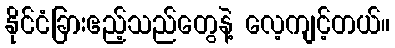
နိုင်ငံခြားဧည့်သည်တွေနဲ့ လေ့ကျင့်တယ်။